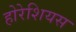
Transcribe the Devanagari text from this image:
होरेशियस